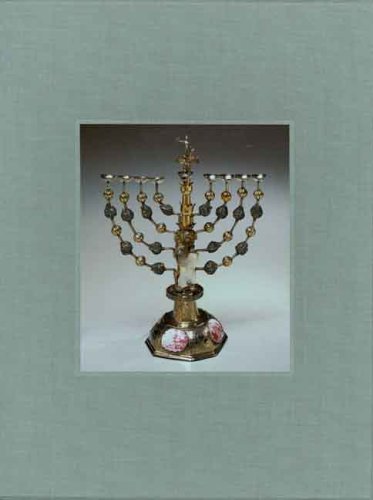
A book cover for Five Centuries of Hanukkah Lamps from The Jewish Museum: A Catalogue RaisonnÃ© (Published in Association with the Jewish Museum, New York S); Susan L. Braunstein; Religion & Spirituality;